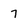
Character: 7